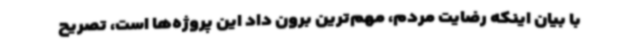
با بیان اینکه رضایت مردم، مهم‌ترین برون داد این پروژه‌ها است، تصریح